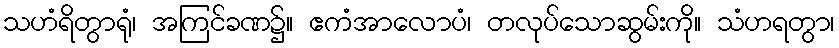
သဟံရိတွာရုံ၊ အကြင်ခဏ၌။ ဧကံအာလောပံ၊ တလုပ်သောဆွမ်းကို။ သံဟရတွာ၊